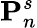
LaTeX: \mathbf{P}_{n}^{s}